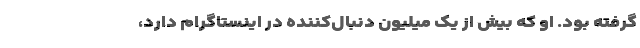
گرفته بود. او که بیش از یک میلیون دنبال‌کننده در اینستاگرام دارد،